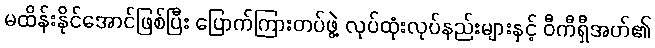
မထိန်းနိုင်အောင်ဖြစ်ပြီး ပြောက်ကြားတပ်ဖွဲ့ လုပ်ထုံးလုပ်နည်းများနှင့် ဝီကီရှီအဟ်၏